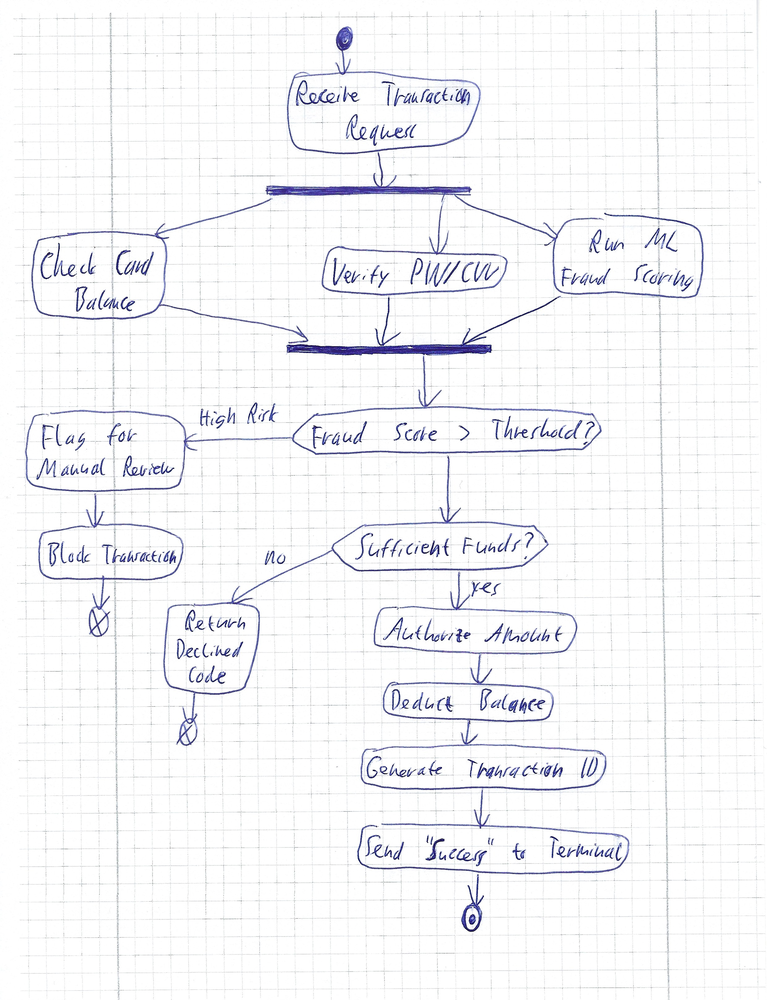
Diagram type: activity_diagram
```plantuml
@startuml

start
:Receive Transaction Request;
fork
  :Check Card Balance;
fork again
  :Verify PIN/CVV;
fork again
  :Run ML Fraud Scoring;
end fork
if (Fraud Score > Threshold?) then (High Risk)
  :Flag for Manual Review;
  :Block Transaction;
  end
elseif (Sufficient Funds?) then (no)
  :Return Declined Code;
  end
else (yes)
  :Authorize Amount;
  :Deduct Balance;
  :Generate Transaction ID;
endif
:Send "Success" to Terminal;
stop

@enduml
```